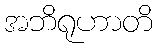
အဘိရုဟာတိ